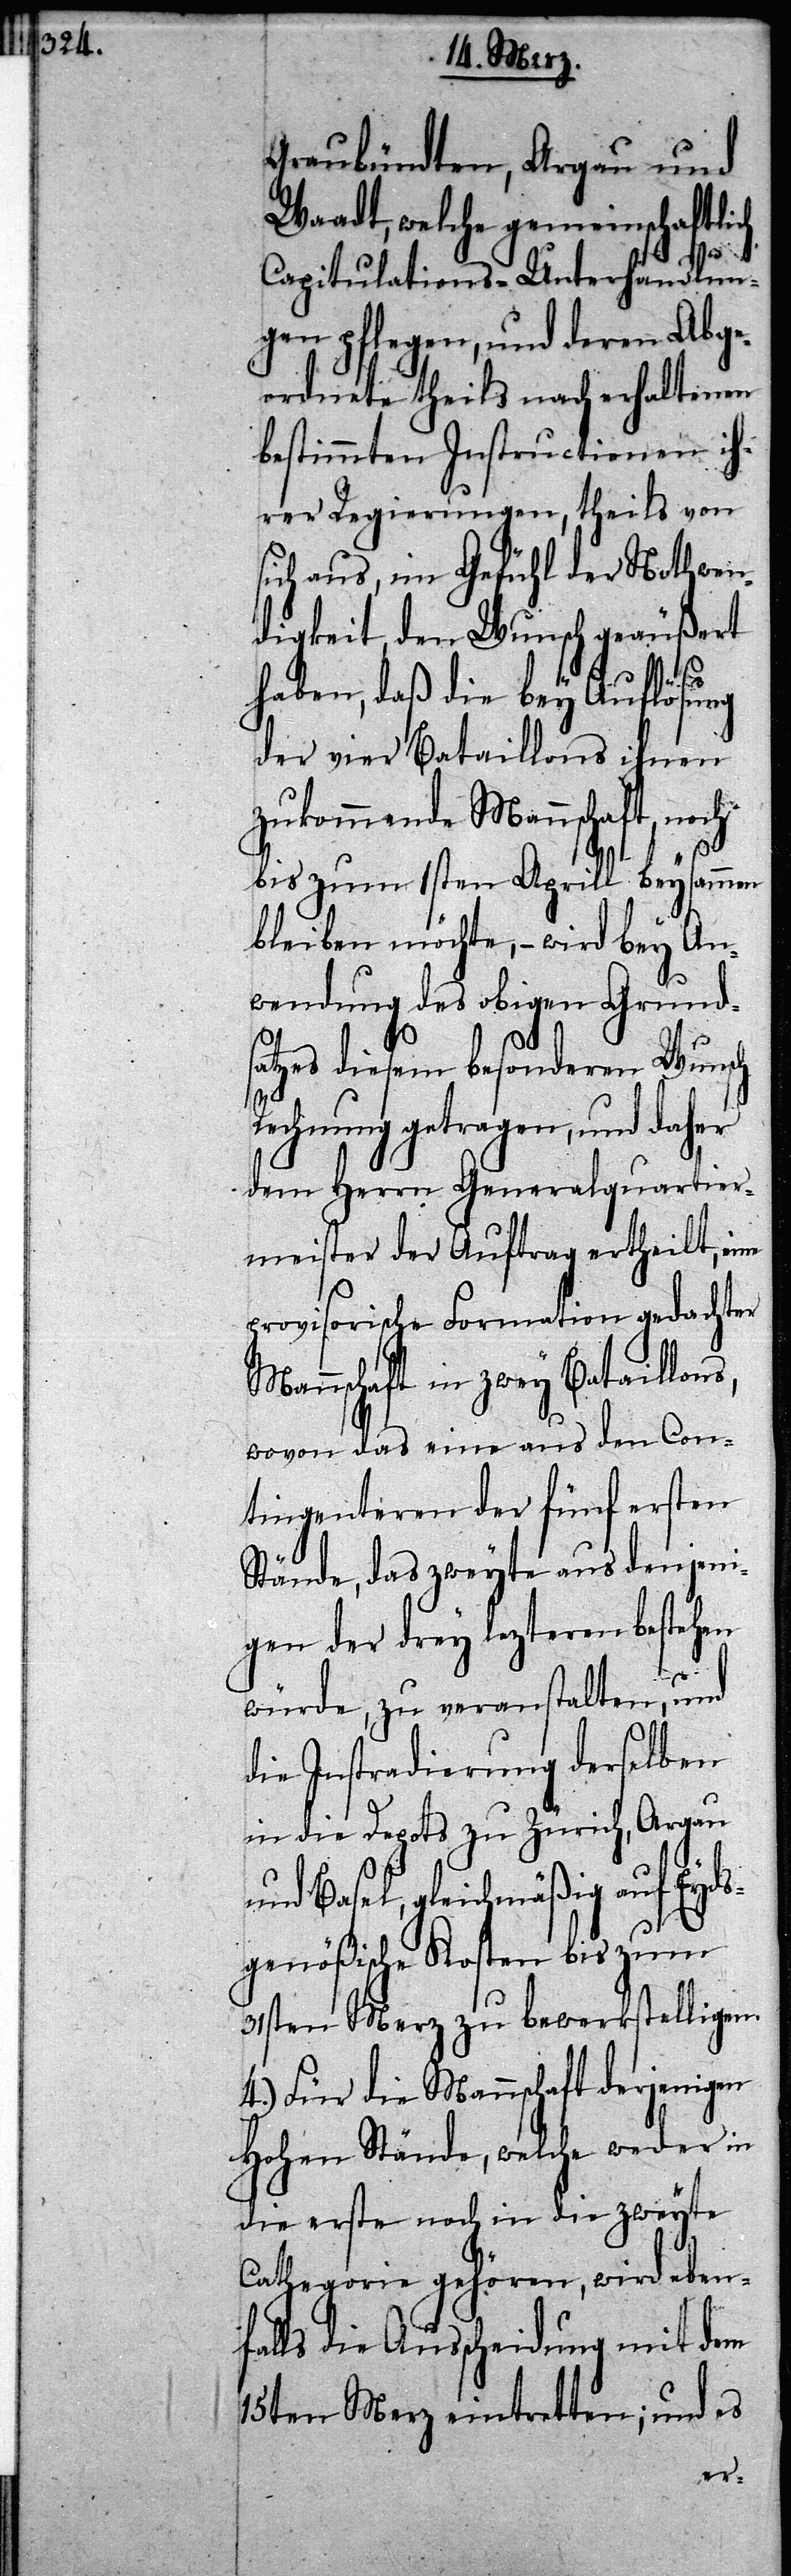
Graubündten, Argau und
Waadt, welche gemeinschaftlich
Capitulations-Unterhandlun¬
gen pflegen, und deren Abge¬
ordnete theils nach erhaltenen
bestimmten Instructionen ih¬
rer Regierungen, theils von
sich aus, im Gefühl der Nothwen¬
digkeit, den Wunsch geäußert
haben, daß die bey Auflösung
der vier Bataillons ihnen
zukommende Mannschaft, noch
bis zum 1sten Aprill beysammen
bleiben möchte, – wird bey An¬
wendung des obigen Grunds¬
atzes diesem besonderen Wunsch
Rechnung getragen, und daher
dem Herrn Generalquartier¬
meister der Auftrag ertheilt, eine
provisorische Formation gedachter
Mannschaft in zwey Bataillons,
wovon das eine aus den Con¬
tingenteren der fünf ersten
Stände, das zweyte aus denjeni¬
gen der drey lezteren bestehen
würde, zu veranstalten, und
die Instradierung derselben
in die Depots zu Zürich, Argau
und Basel, gleichmäßig auf Eyds¬
genößische Kosten bis zum
31sten Merz zu bewerkstelligen.
4.) Für die Mannschaft derjenigen
Hohen Stände, welche weder in
die erste noch in die zweyte
Cathegorie gehören, wird eben¬
falls die Ausscheidung mit dem
15ten Merz eintretten; und es